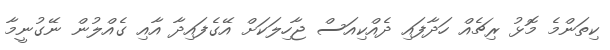
ކިތަންމެ މޮޅު ރިޗެއް ހަދާފައި ދެއްކިއަސް ޖާހިލަކަށް އޭގެފައިދާ އާއި ގެއްލުން ނޭގުނީމާ